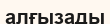
алғызады